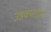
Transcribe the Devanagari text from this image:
उडवणारा